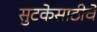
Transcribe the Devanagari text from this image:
सुटकेसाठीचे